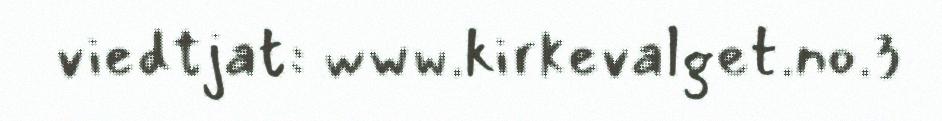
viedtjat: www.kirkevalget.no.3